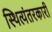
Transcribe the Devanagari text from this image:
स्थित्यंतरकारी